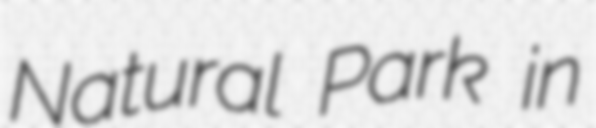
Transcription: Natural Park in